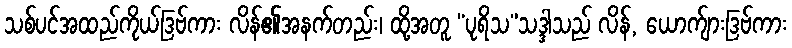
သစ်ပင်အထည်ကိုယ်ဒြဗ်ကား လိန်၏အနက်တည်း၊ ထို့အတူ “ပုရိသ”သဒ္ဒါသည် လိန်, ယောက်ျားဒြဗ်ကား